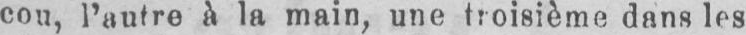
cou, l’autre à la main, une troisième dans les